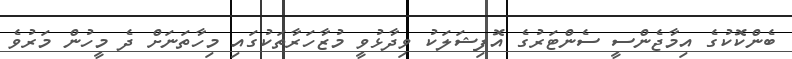
ބެންކޮކުގެ އިމާޖެންސީ ސެންޓަރުގެ އޮފިޝަލަކު ވިދާޅުވީ މުޒާހަރާތަކުގައި މިހާތަނަށް ދެ މީހުން މަރުވެ